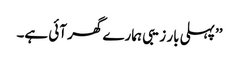
’’پہلی بار زیبی ہمارے گھر آئی ہے۔